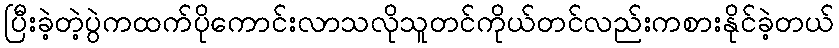
ပြီးခဲ့တဲ့ပွဲကထက်ပိုကောင်းလာသလိုသူတင်ကိုယ်တင်လည်းကစားနိုင်ခဲ့တယ်